Vaccination Hyderabad 1872-1889 - 1872-1889
Year: 1872
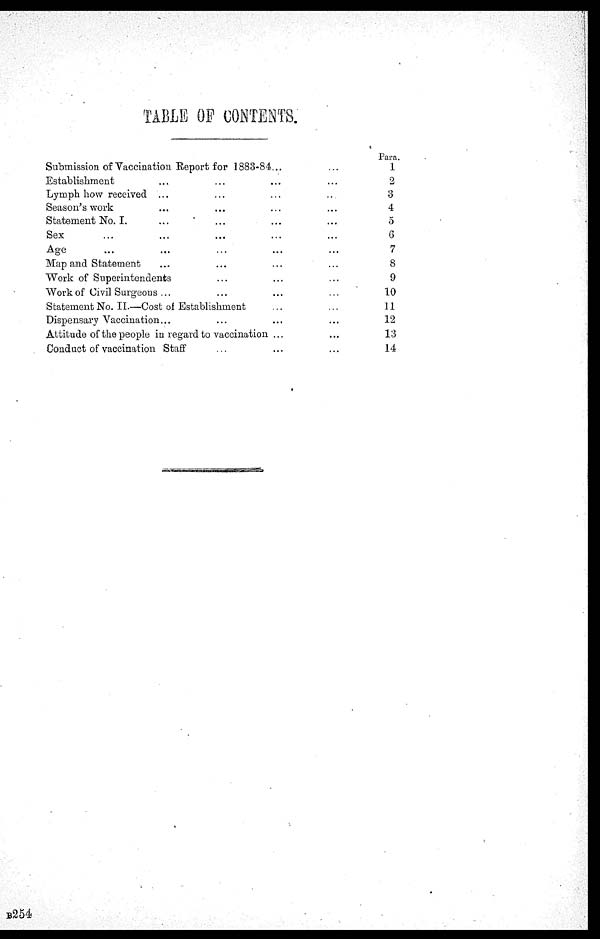
TABLE OF CONTENTS.
Submission of Vaccination Report for 1883-84... ...
Establishment ... ... ... ...
Lymph how received ... ... ... ...
Season's work ... ... ... ...
Statement No. I. ... ... ... ...
Sex ... ... ... ... ...
Age ... ... ... ... ... ...
Map and Statement ... ... ... ...
Work of Superintendents ... ... ...
Work of Civil Surgeons
...
...
...
...
Statement No. II.—Cost of Establishment ... ...
Dispensary Vaccination... ... ... ...
Attitude of the people in regard to vaccination ... ...
Conduct of vaccination Staff ... ... ...
Para.
1
2
3
4
5
6
7
8
9
10
11
12
13
14
B254